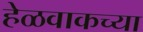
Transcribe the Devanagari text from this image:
हेळवाकच्या